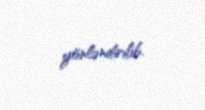
yönləndirilib.